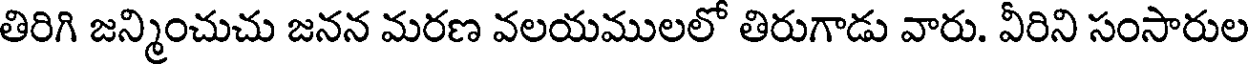
తిరిగి జన్మించుచు జనన మరణ వలయములలో తిరుగాడు వారు. వీరిని సంసారుల